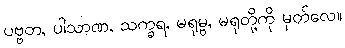
ပဗ္ဗတ, ပါသာဏ, သက္ခရ, မရုမ္ဗ, မရုတို့ကို မှတ်လေ။